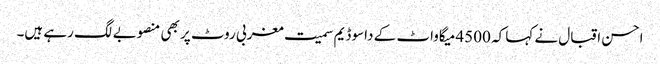
احسن اقبال نے کہا کہ 4500 میگاواٹ کے داسو ڈیم سمیت مغربی روٹ پر بھی منصوبے لگ رہے ہیں۔